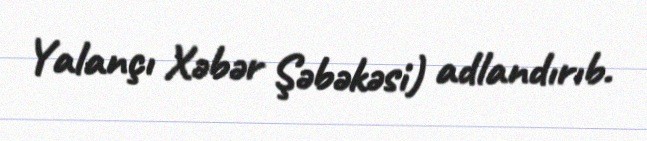
Yalançı Xəbər Şəbəkəsi) adlandırıb.